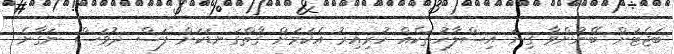
ބަޖެޓަށް ބޭނުންވާ ގިނަ އިސްލާހުތަކެއް ހުރިއިރު އެކަމަށް ގާތްގަނޑަކަށް ފަސް ދުވަސް ނަގާނެ